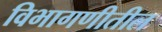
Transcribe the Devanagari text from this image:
विभागणीतील